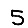
Digit: 5